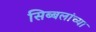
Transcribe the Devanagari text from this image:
सिब्बलांच्या